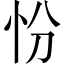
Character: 㤋